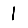
Digit: 1